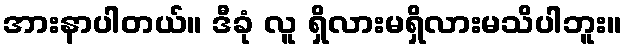
အားနာပါတယ်။ ဒီခုံ လူ ရှိလားမရှိလားမသိပါဘူး။